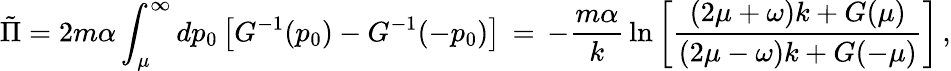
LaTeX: \tilde{\Pi}={2m\alpha}\int_{\mu}^{\infty}dp_{0}\left[G^{-1}(p_{0})-G^{-1}(-p_{0})\right]\, =\, -{\frac{m\alpha}{k}}\ln{\left[{\frac{\left(2\mu+\omega\right)k+G(\mu)}{\left(2\mu-\omega\right)k+G(-\mu)}}\right]}\, ,